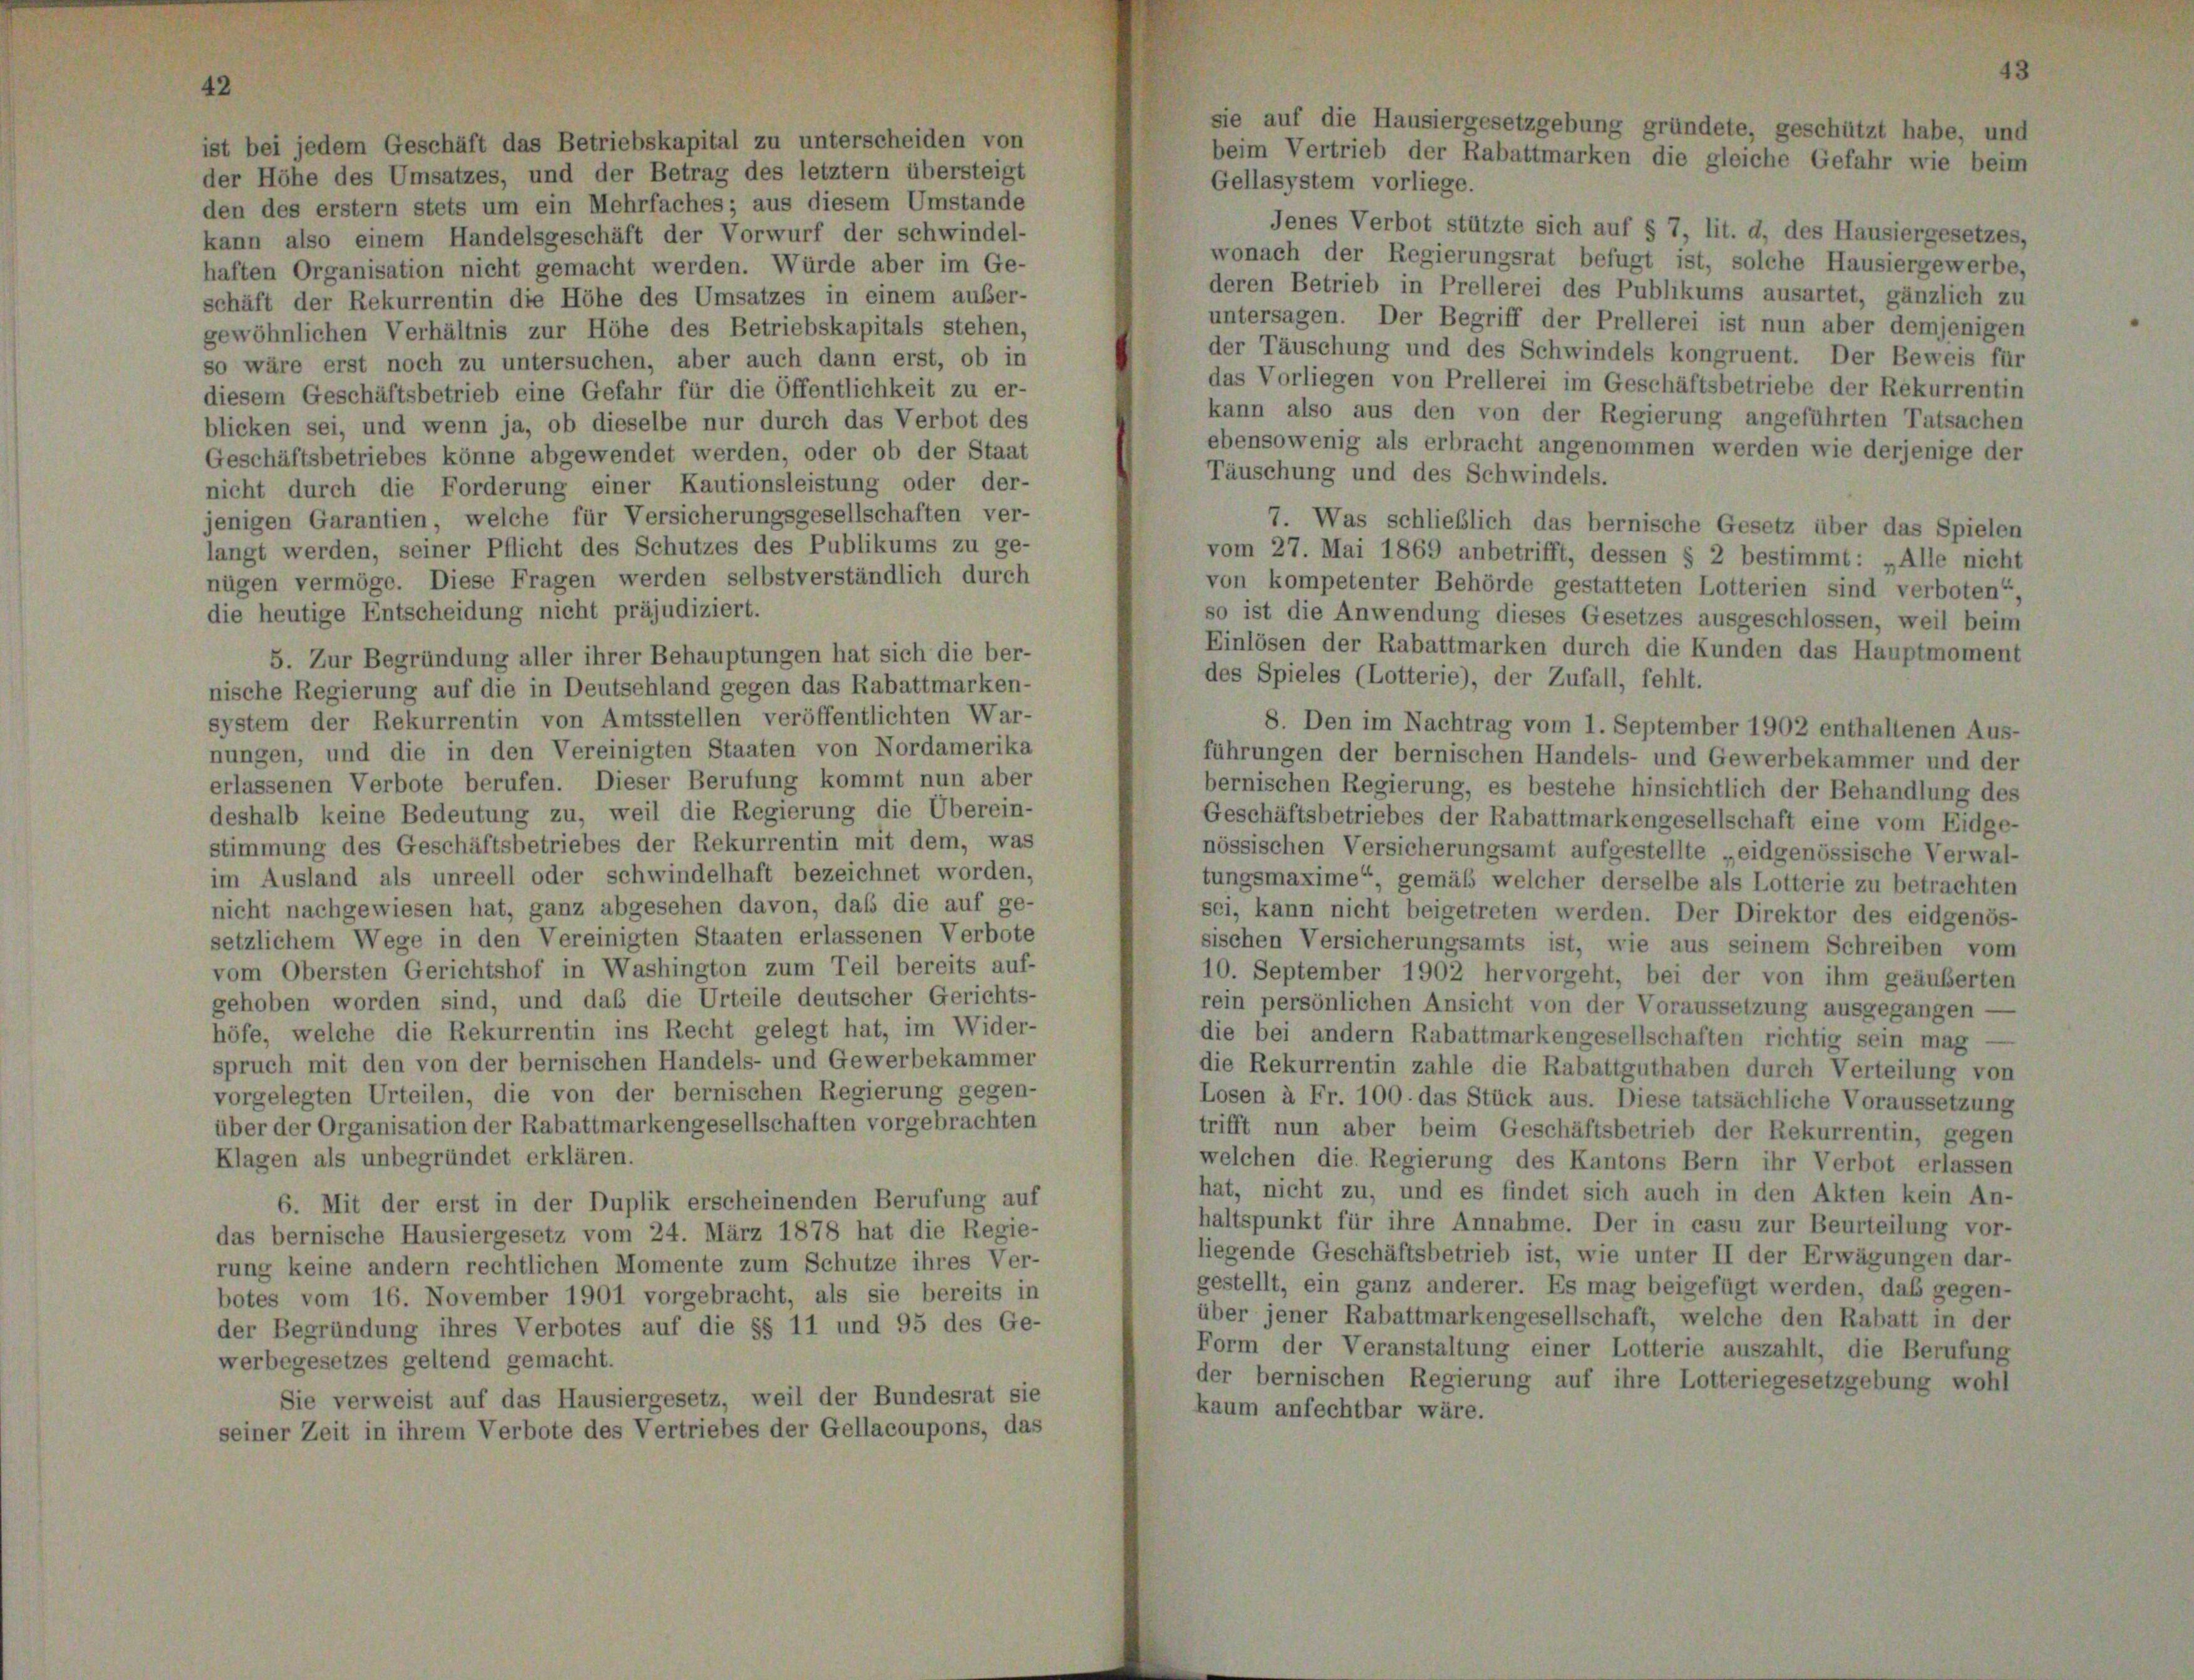
ist bei jedem Geschäft das Betriebskapital zu unterscheiden von
der Höhe des Umsatzes, und der Betrag des letztem übersteigt
den des erstem stets um ein Mehrfaches ; aus diesem Umstände
kann also einem Handelsgeschäft der Vorwurf der schwindel-
haften Organisation nicht gemacht werden. Würde aber im Ge-
schäft der Rekurrentin die Höhe des Umsatzes in einem außer-
gewöhnlichen Verhältnis zur Höhe des Betriebskapitals stehen,
so wäre erst noch zu untersuchen, aber auch dann erst, ob in
diesem Geschäftsbetrieb eine Gefahr für die Öffentlichkeit zu er-
blicken sei, und wenn ja, ob dieselbe nur durch das Verbot des
Geschäftsbetriebes könne abgewendet werden, oder ob der Staat
nicht durch die Forderung einer Kautionsleistung oder der-
jenigen Garantien, welche für Versicherungsgesellschaften ver-
langt werden, seiner Pflicht des Schutzes des Publikums zu ge-
nügen vermöge. Diese Fragen werden selbstverständlich durch
die heutige Entscheidung nicht präjudiziert.
5. Zur Begründung aller ihrer Behauptungen hat sich die ber-
nische Regierung auf die in Deutschland gegen das Rabattmarken-
system der Rekurrentin von Amtsstellen veröffentlichten War-
nungen, und die in den Vereinigten Staaten von Nordamerika
erlassenen Verbote berufen. Dieser Berufung kommt nun aber
deshalb keine Bedeutung zu, weil die Regierung die Überein-
stimmung des Geschäftsbetriebes der Rekurrentin mit dem, was
im Ausland als unreell oder schwindelhaft bezeichnet worden.
nicht nachgewiesen hat, ganz abgesehen davon, daß die auf ge-
setzlichem Wege in den Vereinigten Staaten erlassenen Verbote
vom Obersten Gerichtshof in Washington zum Teil bereits auf-
gehoben worden sind, und das die Urteile deutscher Gerichts-
höfe, welche die Rekurrentin ins Recht gelegt hat, im Wider-
spruch mit den von der bernischen Handels- und Gewerbekammer
vorgelegten Urteilen, die von der bernischen Regierung gegen-
über der Organisation der Rabattmarkengesellschaften vorgebrachten
Klagen als unbegründet erklären.
6. Mit der erst in der Duplik erscheinenden Berufung auf
das bernische Hausiergesetz vom 24. März 1878 hat die Regie-
rung keine andern rechtlichen Momente zum Schutze ihres Ver-
botes vom 16. November 1901 vorgebracht, als sie bereits in
der Begründung ihres Verbotes auf die §§ 11 und 95 des Ge-
werbegesetzes geltend gemacht.
Sie verweist auf das Hausiergesetz, weil der Bundesrat sie
seiner Zeit in ihrem Verbote des Vertriebes der Gellacoupons, das

if die Hausiergesetzg

Gellasystem vorliege.
Jenes Verbot stützte sich auf § 7, lit. d, des Hausiergesetzes
wonach der Regierungsrat befugt ist, solche Hausiergewerbe,
deren Betrieb in Prellerei des Publikums ausartet, gänzlich zu
untersagen. Der Begriff der Prellerei ist nun aber demjenigen
der Täuschung und des Schwindels kongruent. Der Beweis für
das Vorliegen von Prellerei im Geschäftsbetriebe der Rekurrentin
kann also aus den von der Regierung angeführten Tatsachen
ebensowenig als erbracht angenommen werden wie derjenige der
Täuschung und des Schwindels.
7. Was schließlich das bernische Gesetz über das Spielen
vom 27. Mai 1869 anbetrifft, dessen § 2 bestimmt: „Alle nicht
von kompetenter Behörde gestatteten Lotterien sind verboten“
so ist die Anwendung dieses Gesetzes ausgeschlossen, weil beim
Einlösen der Rabattmarken durch die Kunden das Hauptmoment
des Spieles (Lotterie), der Zufall, fehlt.
8. Den im Nachtrag vom 1. September 1902 enthaltenen Aus-
führungen der bernischen Handels- und Gewerbekammer und der
bernischen Regierung, es bestehe hinsichtlich der Behandlung des
Geschäftsbetriebes der Rabattmarkengesellschaft eine vom Eidge-
nössischen Versicherungsamt aufgestellte „eidgenössische Verwal-
tungsmaxime“, gemäß welcher derselbe als Lotterie zu betrachten
sei, kann nicht beigetreten werden. Der Direktor des eidgenös-
sischen Versicherungsamts ist, wie aus seinem Schreiben vom
10. September 1902 hervorgeht, bei der von ihm geäußerten
rein persönlichen Ansicht von der Voraussetzung ausgegangen -
die bei andern Rabattmarkengesellschaften richtig sein mag
die Rekurrentin zahle die Rabattguthaben durch Verteilung von
Losen à Fr. 100. das Stück aus. Diese tatsächliche Voraussetzung
trifft nun aber beim Geschäftsbetrieb der Rekurrentin, gegen
welchen die Regierung des Kantons Bern ihr Verbot erlassen
hat, nicht zu, und es findet sich auch in den Akten kein An-
haltspunkt für ihre Annahme. Der in casu zur Beurteilung vor-
liegende Geschäftsbetrieb ist, wie unter II der Erwägungen dar-
gestellt, ein ganz anderer. Es mag beigefügt werden, das gegen-
über jener Rabattmarkengesellschaft, welche den Rabatt in der
Form der Veranstaltung einer Lotterie auszahlt, die Berufung
der bernischen Regierung auf ihre Lotteriegesetzgebung wohl
kaum anfechtbar wäre.

ebung gi
beim Vertrieb der Rabattmarken die gleiche Gefahr wie beim